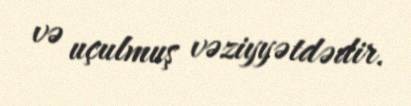
və uçulmuş vəziyyətdədir.